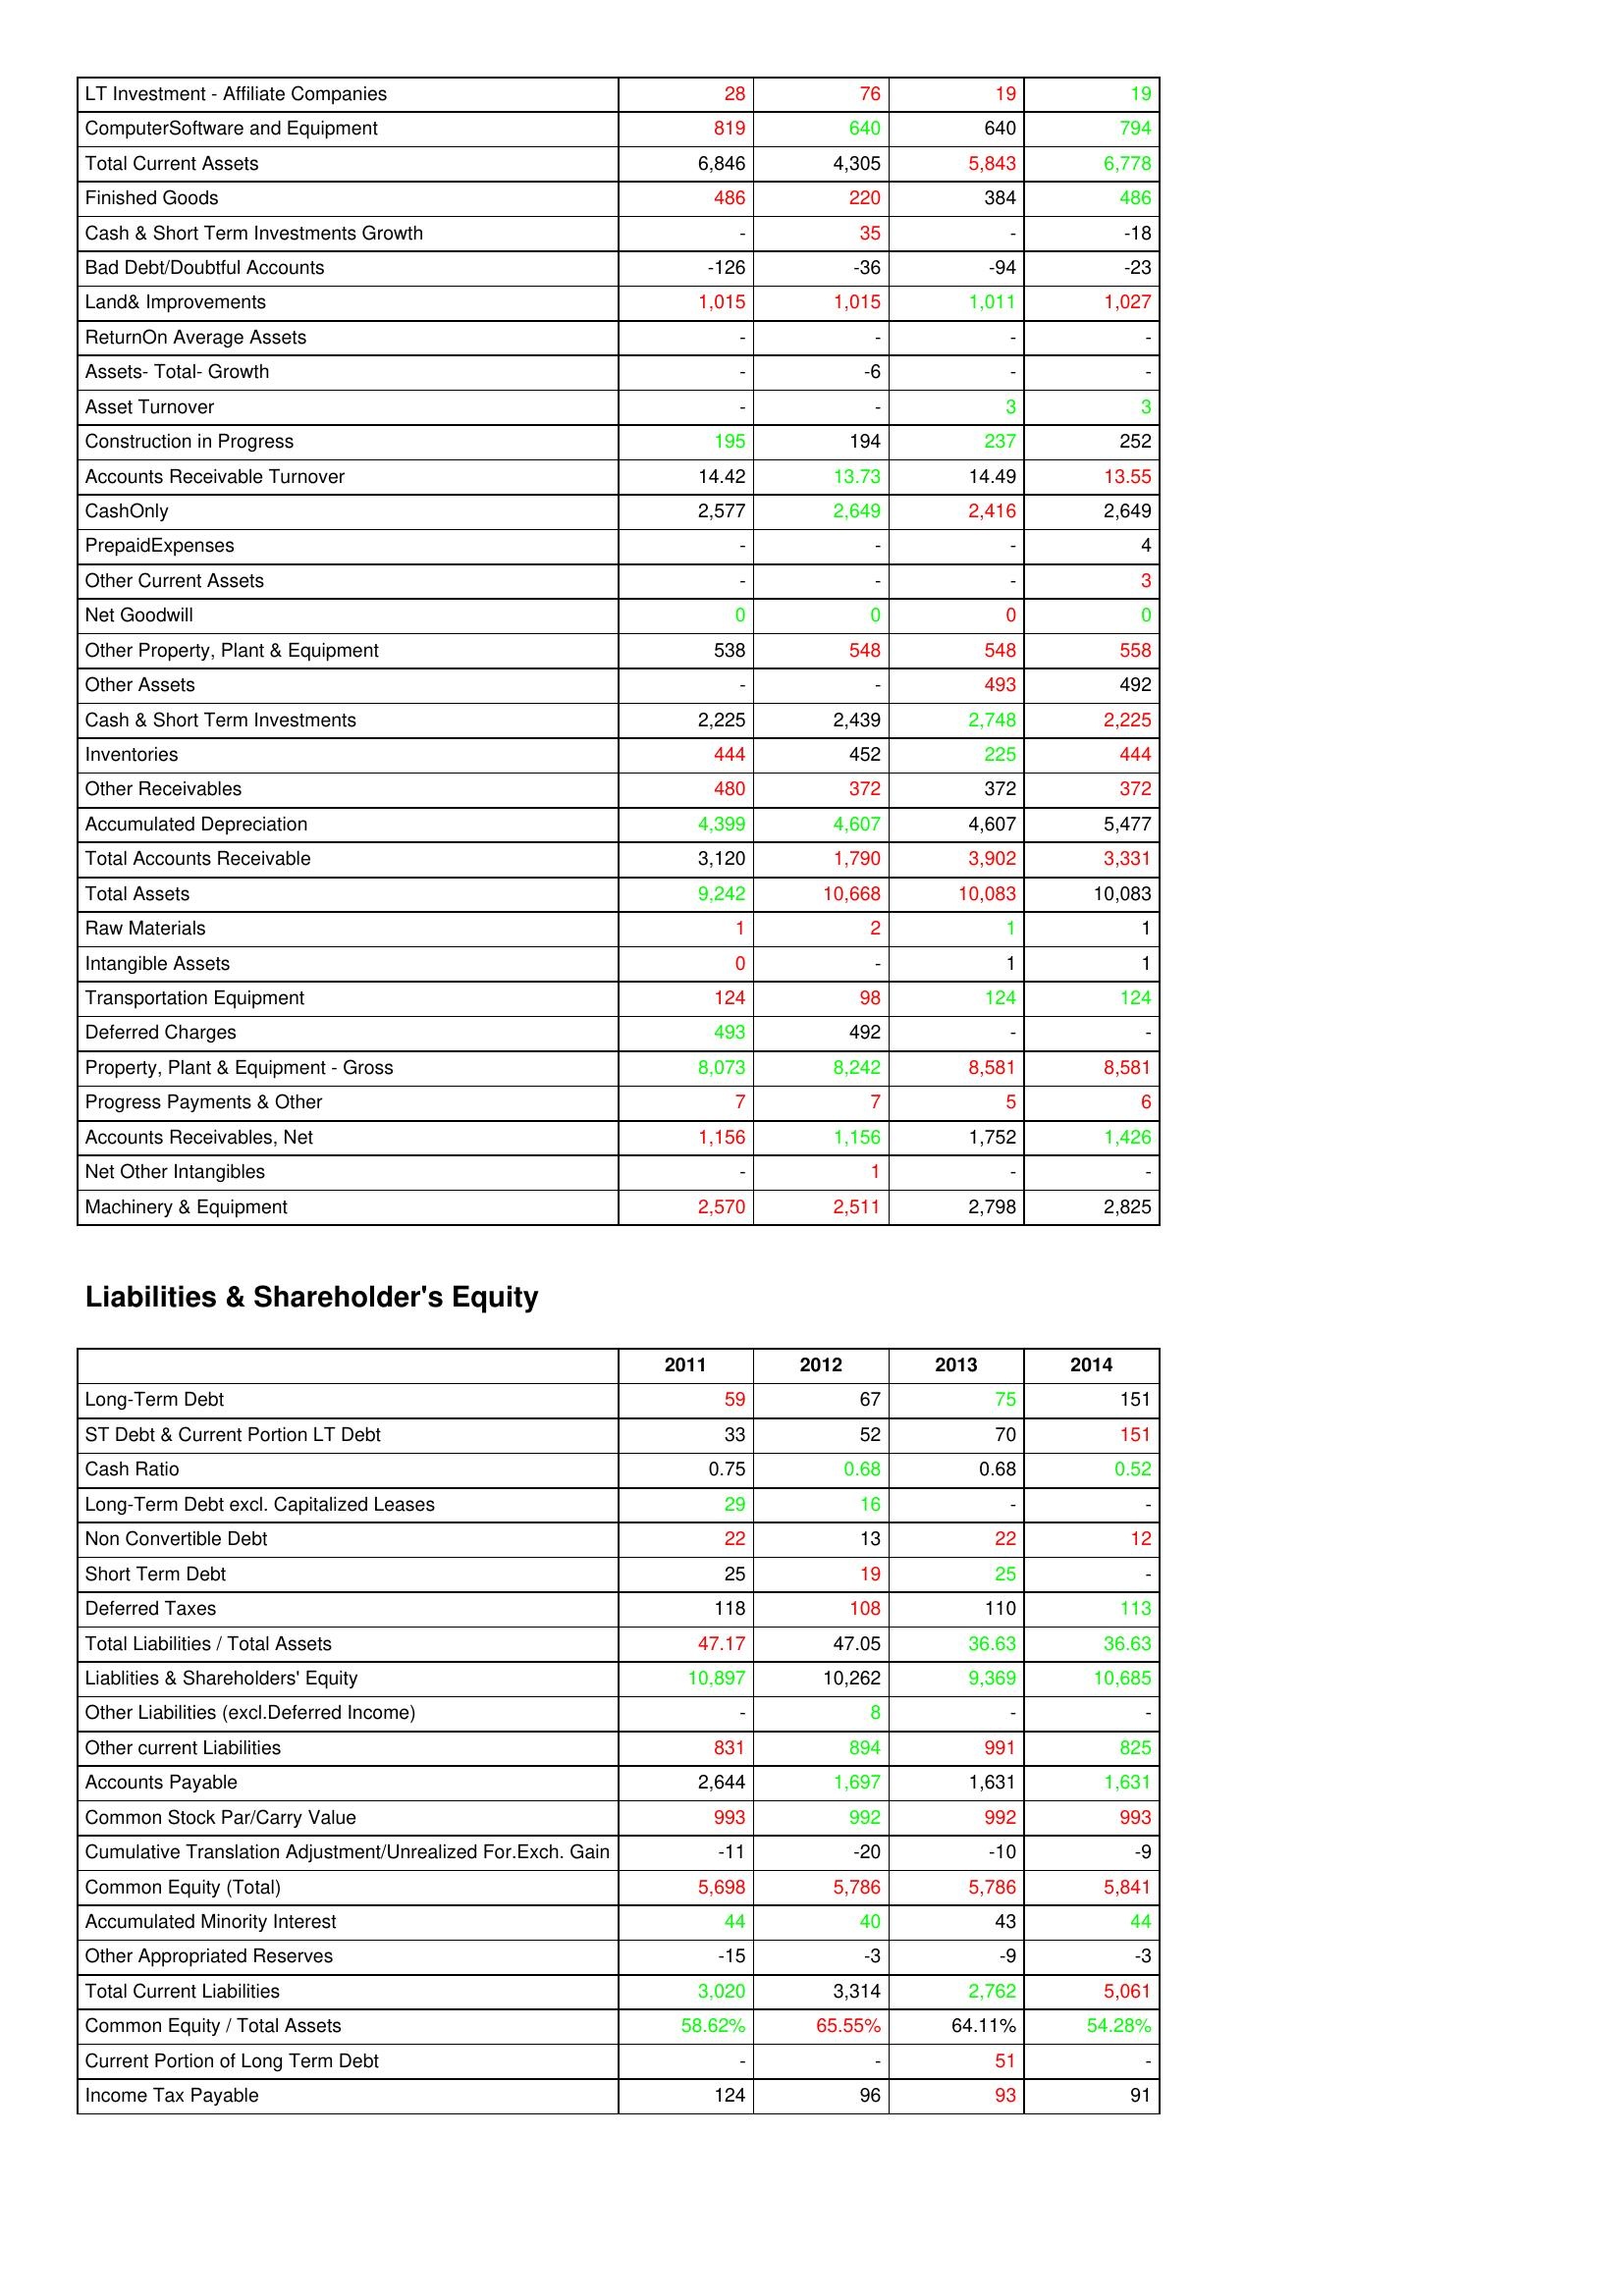
gt_parse: 2011: Assets: LT Investment - Affiliate Companies: 28
ComputerSoftware and Equipment: 819
Total Current Assets: 6,846
Finished Goods: 486
Cash & Short Term Investments Growth: -
Bad Debt/Doubtful Accounts: -126
Land& Improvements: 1,015
ReturnOn Average Assets: -
Assets- Total- Growth: -
Asset Turnover: -
Construction in Progress: 195
Accounts Receivable Turnover: 14.42
CashOnly: 2,577
PrepaidExpenses: -
Other Current Assets: -
Net Goodwill: 0
Other Property, Plant & Equipment: 538
Other Assets: -
Cash & Short Term Investments: 2,225
Inventories: 444
Other Receivables: 480
Accumulated Depreciation: 4,399
Total Accounts Receivable: 3,120
Total Assets: 9,242
Raw Materials: 1
Intangible Assets: 0
Transportation Equipment: 124
Deferred Charges: 493
Property, Plant & Equipment - Gross : 8,073
Progress Payments & Other: 7
Accounts Receivables, Net: 1,156
Net Other Intangibles: -
Machinery & Equipment: 2,570
Liabilities & Shareholder's Equity: Long-Term Debt: 59
ST Debt & Current Portion LT Debt: 33
Cash Ratio: 0.75
Long-Term Debt excl. Capitalized Leases: 29
Non Convertible Debt: 22
Short Term Debt: 25
Deferred Taxes: 118
Total Liabilities / Total Assets: 47.17
Liablities & Shareholders' Equity: 10,897
Other Liabilities (excl.Deferred Income): -
Other current Liabilities: 831
Accounts Payable: 2,644
Common Stock Par/Carry Value: 993
Cumulative Translation Adjustment/Unrealized For.Exch. Gain: -11
Common Equity (Total): 5,698
Accumulated Minority Interest: 44
Other Appropriated Reserves: -15
Total Current Liabilities: 3,020
Common Equity / Total Assets: 58.62%
Current Portion of Long Term Debt: -
Income Tax Payable: 124
2012: Assets: LT Investment - Affiliate Companies: 76
ComputerSoftware and Equipment: 640
Total Current Assets: 4,305
Finished Goods: 220
Cash & Short Term Investments Growth: 35
Bad Debt/Doubtful Accounts: -36
Land& Improvements: 1,015
ReturnOn Average Assets: -
Assets- Total- Growth: -6
Asset Turnover: -
Construction in Progress: 194
Accounts Receivable Turnover: 13.73
CashOnly: 2,649
PrepaidExpenses: -
Other Current Assets: -
Net Goodwill: 0
Other Property, Plant & Equipment: 548
Other Assets: -
Cash & Short Term Investments: 2,439
Inventories: 452
Other Receivables: 372
Accumulated Depreciation: 4,607
Total Accounts Receivable: 1,790
Total Assets: 10,668
Raw Materials: 2
Intangible Assets: -
Transportation Equipment: 98
Deferred Charges: 492
Property, Plant & Equipment - Gross : 8,242
Progress Payments & Other: 7
Accounts Receivables, Net: 1,156
Net Other Intangibles: 1
Machinery & Equipment: 2,511
Liabilities & Shareholder's Equity: Long-Term Debt: 67
ST Debt & Current Portion LT Debt: 52
Cash Ratio: 0.68
Long-Term Debt excl. Capitalized Leases: 16
Non Convertible Debt: 13
Short Term Debt: 19
Deferred Taxes: 108
Total Liabilities / Total Assets: 47.05
Liablities & Shareholders' Equity: 10,262
Other Liabilities (excl.Deferred Income): 8
Other current Liabilities: 894
Accounts Payable: 1,697
Common Stock Par/Carry Value: 992
Cumulative Translation Adjustment/Unrealized For.Exch. Gain: -20
Common Equity (Total): 5,786
Accumulated Minority Interest: 40
Other Appropriated Reserves: -3
Total Current Liabilities: 3,314
Common Equity / Total Assets: 65.55%
Current Portion of Long Term Debt: -
Income Tax Payable: 96
2013: Assets: LT Investment - Affiliate Companies: 19
ComputerSoftware and Equipment: 640
Total Current Assets: 5,843
Finished Goods: 384
Cash & Short Term Investments Growth: -
Bad Debt/Doubtful Accounts: -94
Land& Improvements: 1,011
ReturnOn Average Assets: -
Assets- Total- Growth: -
Asset Turnover: 3
Construction in Progress: 237
Accounts Receivable Turnover: 14.49
CashOnly: 2,416
PrepaidExpenses: -
Other Current Assets: -
Net Goodwill: 0
Other Property, Plant & Equipment: 548
Other Assets: 493
Cash & Short Term Investments: 2,748
Inventories: 225
Other Receivables: 372
Accumulated Depreciation: 4,607
Total Accounts Receivable: 3,902
Total Assets: 10,083
Raw Materials: 1
Intangible Assets: 1
Transportation Equipment: 124
Deferred Charges: -
Property, Plant & Equipment - Gross : 8,581
Progress Payments & Other: 5
Accounts Receivables, Net: 1,752
Net Other Intangibles: -
Machinery & Equipment: 2,798
Liabilities & Shareholder's Equity: Long-Term Debt: 75
ST Debt & Current Portion LT Debt: 70
Cash Ratio: 0.68
Long-Term Debt excl. Capitalized Leases: -
Non Convertible Debt: 22
Short Term Debt: 25
Deferred Taxes: 110
Total Liabilities / Total Assets: 36.63
Liablities & Shareholders' Equity: 9,369
Other Liabilities (excl.Deferred Income): -
Other current Liabilities: 991
Accounts Payable: 1,631
Common Stock Par/Carry Value: 992
Cumulative Translation Adjustment/Unrealized For.Exch. Gain: -10
Common Equity (Total): 5,786
Accumulated Minority Interest: 43
Other Appropriated Reserves: -9
Total Current Liabilities: 2,762
Common Equity / Total Assets: 64.11%
Current Portion of Long Term Debt: 51
Income Tax Payable: 93
2014: Assets: LT Investment - Affiliate Companies: 19
ComputerSoftware and Equipment: 794
Total Current Assets: 6,778
Finished Goods: 486
Cash & Short Term Investments Growth: -18
Bad Debt/Doubtful Accounts: -23
Land& Improvements: 1,027
ReturnOn Average Assets: -
Assets- Total- Growth: -
Asset Turnover: 3
Construction in Progress: 252
Accounts Receivable Turnover: 13.55
CashOnly: 2,649
PrepaidExpenses: 4
Other Current Assets: 3
Net Goodwill: 0
Other Property, Plant & Equipment: 558
Other Assets: 492
Cash & Short Term Investments: 2,225
Inventories: 444
Other Receivables: 372
Accumulated Depreciation: 5,477
Total Accounts Receivable: 3,331
Total Assets: 10,083
Raw Materials: 1
Intangible Assets: 1
Transportation Equipment: 124
Deferred Charges: -
Property, Plant & Equipment - Gross : 8,581
Progress Payments & Other: 6
Accounts Receivables, Net: 1,426
Net Other Intangibles: -
Machinery & Equipment: 2,825
Liabilities & Shareholder's Equity: Long-Term Debt: 151
ST Debt & Current Portion LT Debt: 151
Cash Ratio: 0.52
Long-Term Debt excl. Capitalized Leases: -
Non Convertible Debt: 12
Short Term Debt: -
Deferred Taxes: 113
Total Liabilities / Total Assets: 36.63
Liablities & Shareholders' Equity: 10,685
Other Liabilities (excl.Deferred Income): -
Other current Liabilities: 825
Accounts Payable: 1,631
Common Stock Par/Carry Value: 993
Cumulative Translation Adjustment/Unrealized For.Exch. Gain: -9
Common Equity (Total): 5,841
Accumulated Minority Interest: 44
Other Appropriated Reserves: -3
Total Current Liabilities: 5,061
Common Equity / Total Assets: 54.28%
Current Portion of Long Term Debt: -
Income Tax Payable: 91